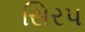
સિરપ